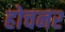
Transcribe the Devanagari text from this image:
होचनर